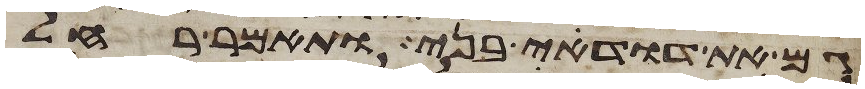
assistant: גם את דודי בני ותאמר רחל